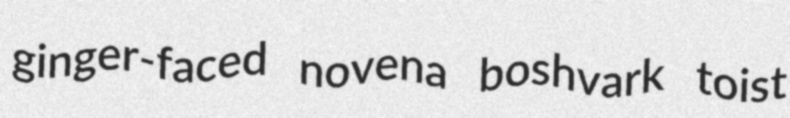
ginger-faced novena boshvark toist